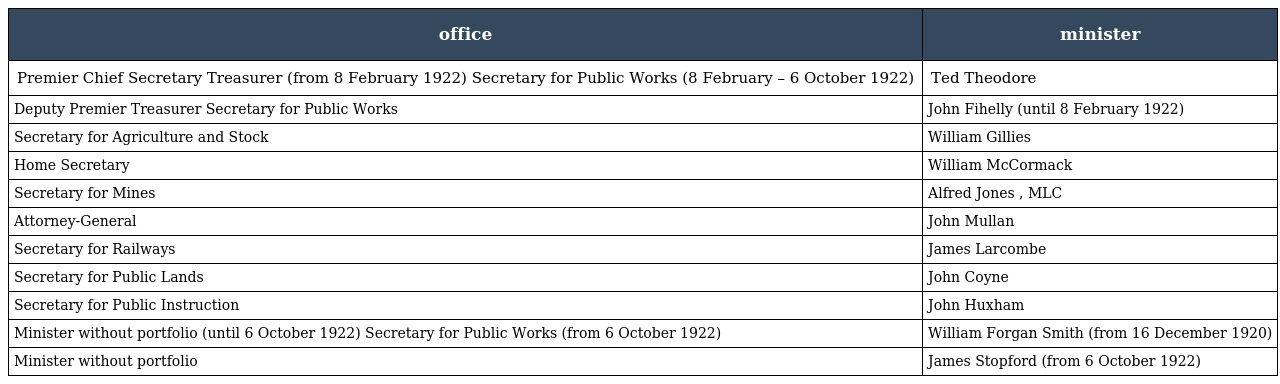
| office | minister |
 | --- | --- |
 | Premier Chief Secretary Treasurer (from 8 February 1922) Secretary for Public Works (8 February – 6 October 1922) | Ted Theodore |
 | Deputy Premier Treasurer Secretary for Public Works | John Fihelly (until 8 February 1922) |
 | Secretary for Agriculture and Stock | William Gillies |
 | Home Secretary | William McCormack |
 | Secretary for Mines | Alfred Jones , MLC |
 | Attorney-General | John Mullan |
 | Secretary for Railways | James Larcombe |
 | Secretary for Public Lands | John Coyne |
 | Secretary for Public Instruction | John Huxham |
 | Minister without portfolio (until 6 October 1922) Secretary for Public Works (from 6 October 1922) | William Forgan Smith (from 16 December 1920) |
 | Minister without portfolio | James Stopford (from 6 October 1922) |